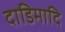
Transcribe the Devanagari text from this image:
दाडिमादि